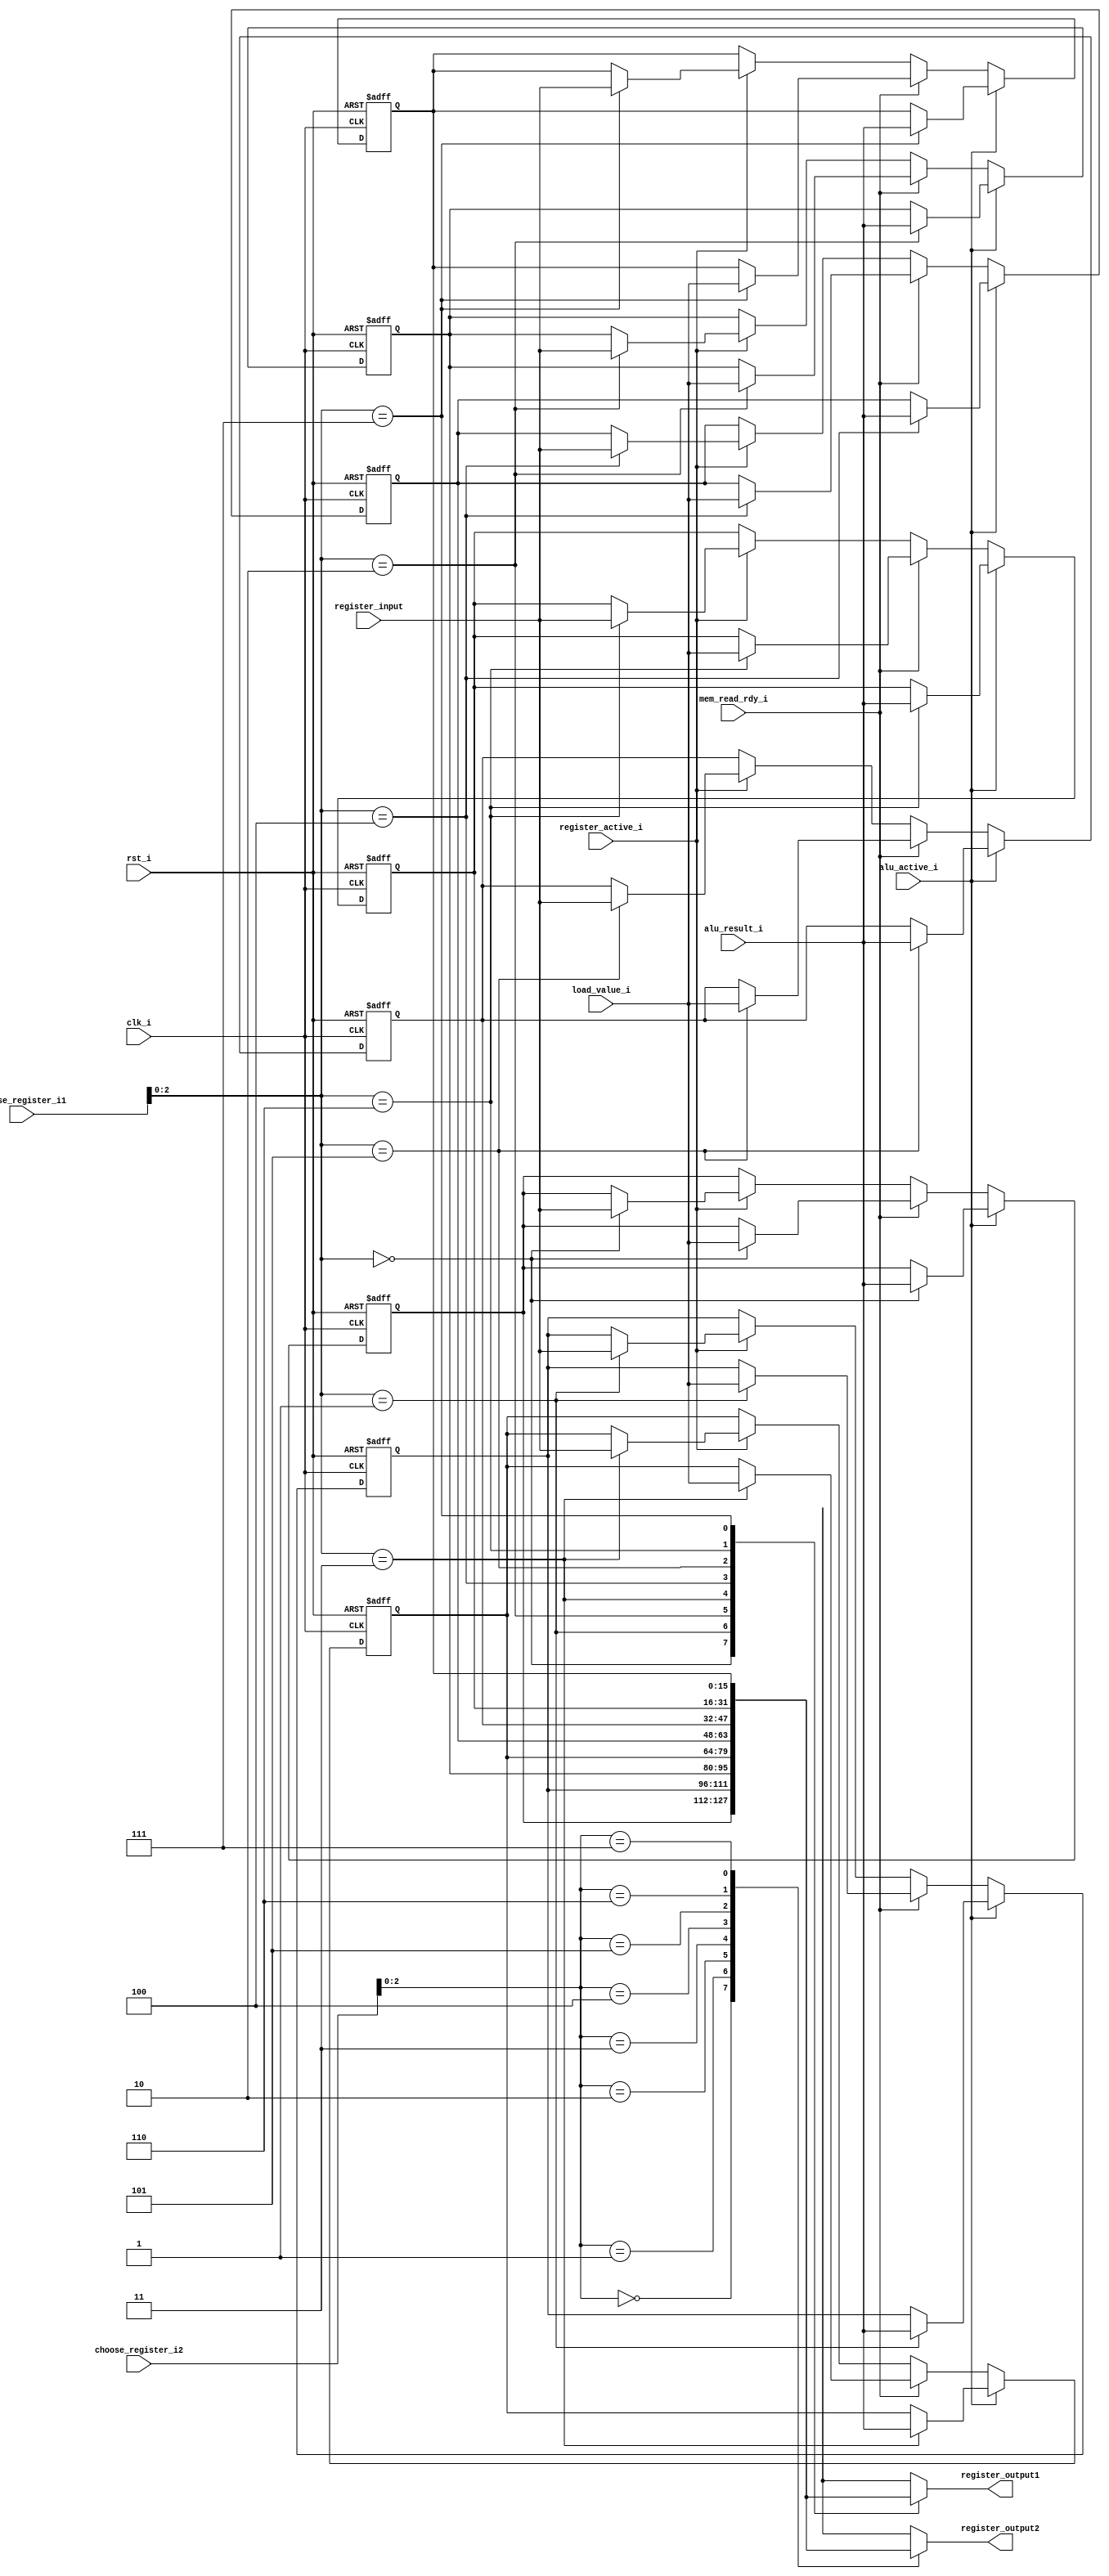
module register_bank #(
    parameter                              DATA_WIDTH       = 16,    // Width for data in registers and instructions.
    parameter                              REGISTER_ID_WIDTH = 4,    // Bits reserved for identification a single register.
    parameter                              REGISTER_COUNT   = 8    // How many registers are supported in the core.
) (
    // Interface: cpu_clk_sink
    input                               clk_i,    // The mandatory clock, as this is synchronous logic.
    input                               rst_i,    // The mandatory reset, as this is synchronous logic.

    // Interface: cpu_system
    input                               alu_active_i,
    input          [DATA_WIDTH-1:0]     alu_result_i,
    input          [REGISTER_ID_WIDTH-1:0] choose_register_i1,
    input          [REGISTER_ID_WIDTH-1:0] choose_register_i2,
    input          [DATA_WIDTH-1:0]     load_value_i,
    input                               mem_read_rdy_i,
    input                               register_active_i,
    input          [DATA_WIDTH-1:0]     register_input,
    output reg     [DATA_WIDTH-1:0]     register_output1,
    output reg     [DATA_WIDTH-1:0]     register_output2
);

// WARNING: EVERYTHING ON AND ABOVE THIS LINE MAY BE OVERWRITTEN BY KACTUS2!!!

    // The registers.
    reg [DATA_WIDTH-1:0] registers [REGISTER_COUNT-1:0];
    // Iterator for the reset
    integer index;
    
    always @* begin
        // Select new output when ever registers are activated.
        register_output1 <= registers[choose_register_i1];
        register_output2 <= registers[choose_register_i2];
    end
    
    always @(posedge clk_i or posedge rst_i) begin
        if(rst_i == 1'b1) begin
            for (index = 0; index < REGISTER_COUNT; index = index + 1) begin
                registers[index] <= 0;
            end
        end
        else begin
            if (alu_active_i) begin
                // Alu is expected to yield a value: Save to the register.
                registers[choose_register_i1] <= alu_result_i;
            end
            else if (mem_read_rdy_i) begin
                // Alu is expected to yield a value: Save to the register.
                registers[choose_register_i1] <= load_value_i;
            end
            else if (register_active_i) begin
                // Alu is expected to yield a value: Save to the register.
                registers[choose_register_i1] <= register_input[DATA_WIDTH-1:0];
            end
        end
    end
endmodule